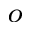
^ o